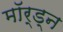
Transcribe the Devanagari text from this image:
मॉर्ड्न